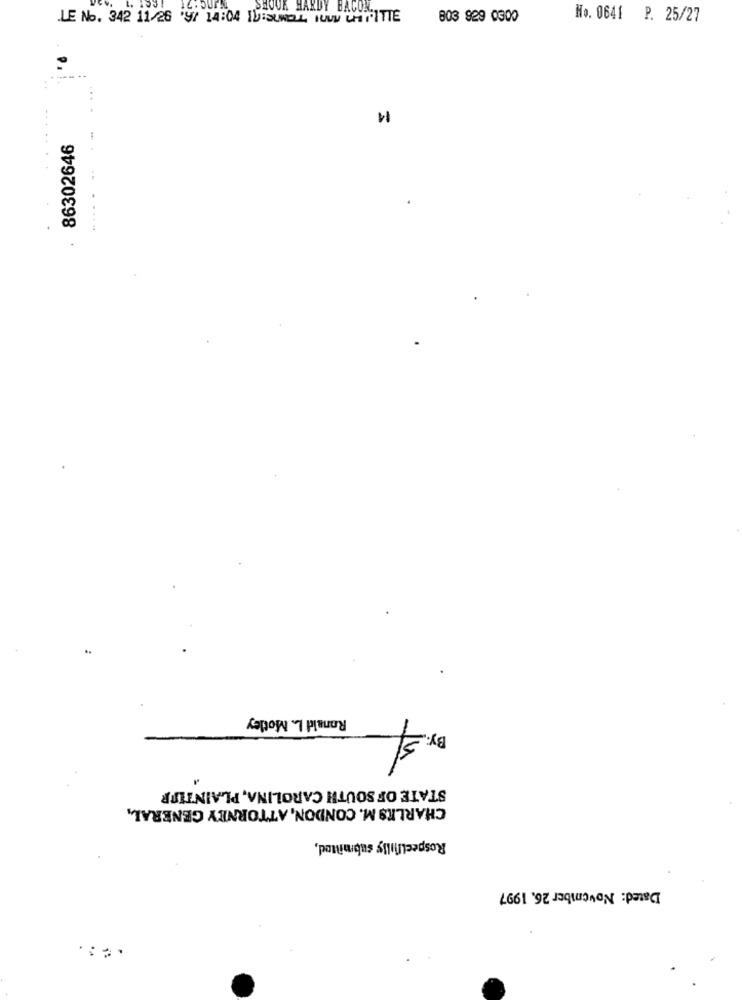
SHOOK HARDY BACON.
LE No. 342 11/26 9/ 14:04 IVISUNOLL INUN CHIPITTE
No. 0641 P. 25/27
11
86302646
Ronald L. Motley
By: 5
STATE OF SOUTH CAROLINA, PLAINTIFR
CHARLES M. CONDON, ATTORNEY GENERAL,
Respectfully submitted,
Dated: November 26. 1997